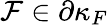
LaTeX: \mathcal{F}\in\partial\kappa_{F}